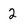
Character: 2